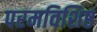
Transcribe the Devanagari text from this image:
परमविशिष्ठ